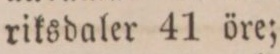
riksdaler 41 öre;